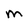
Character: M